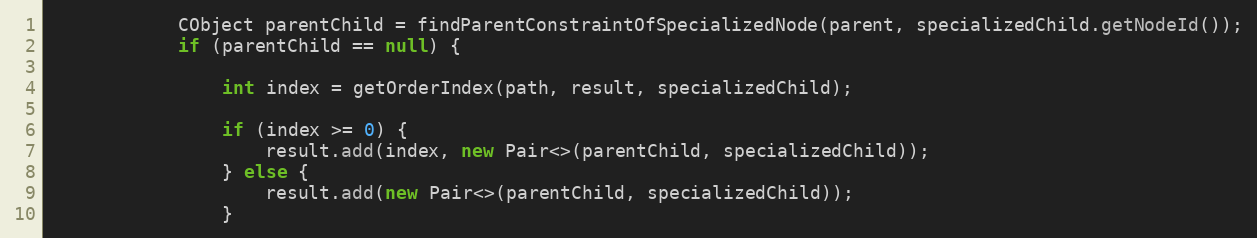
Language: Java
            CObject parentChild = findParentConstraintOfSpecializedNode(parent, specializedChild.getNodeId());
            if (parentChild == null) {

                int index = getOrderIndex(path, result, specializedChild);

                if (index >= 0) {
                    result.add(index, new Pair<>(parentChild, specializedChild));
                } else {
                    result.add(new Pair<>(parentChild, specializedChild));
                }